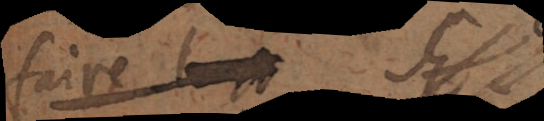
faire à